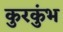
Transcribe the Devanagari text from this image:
कुरकुंभ